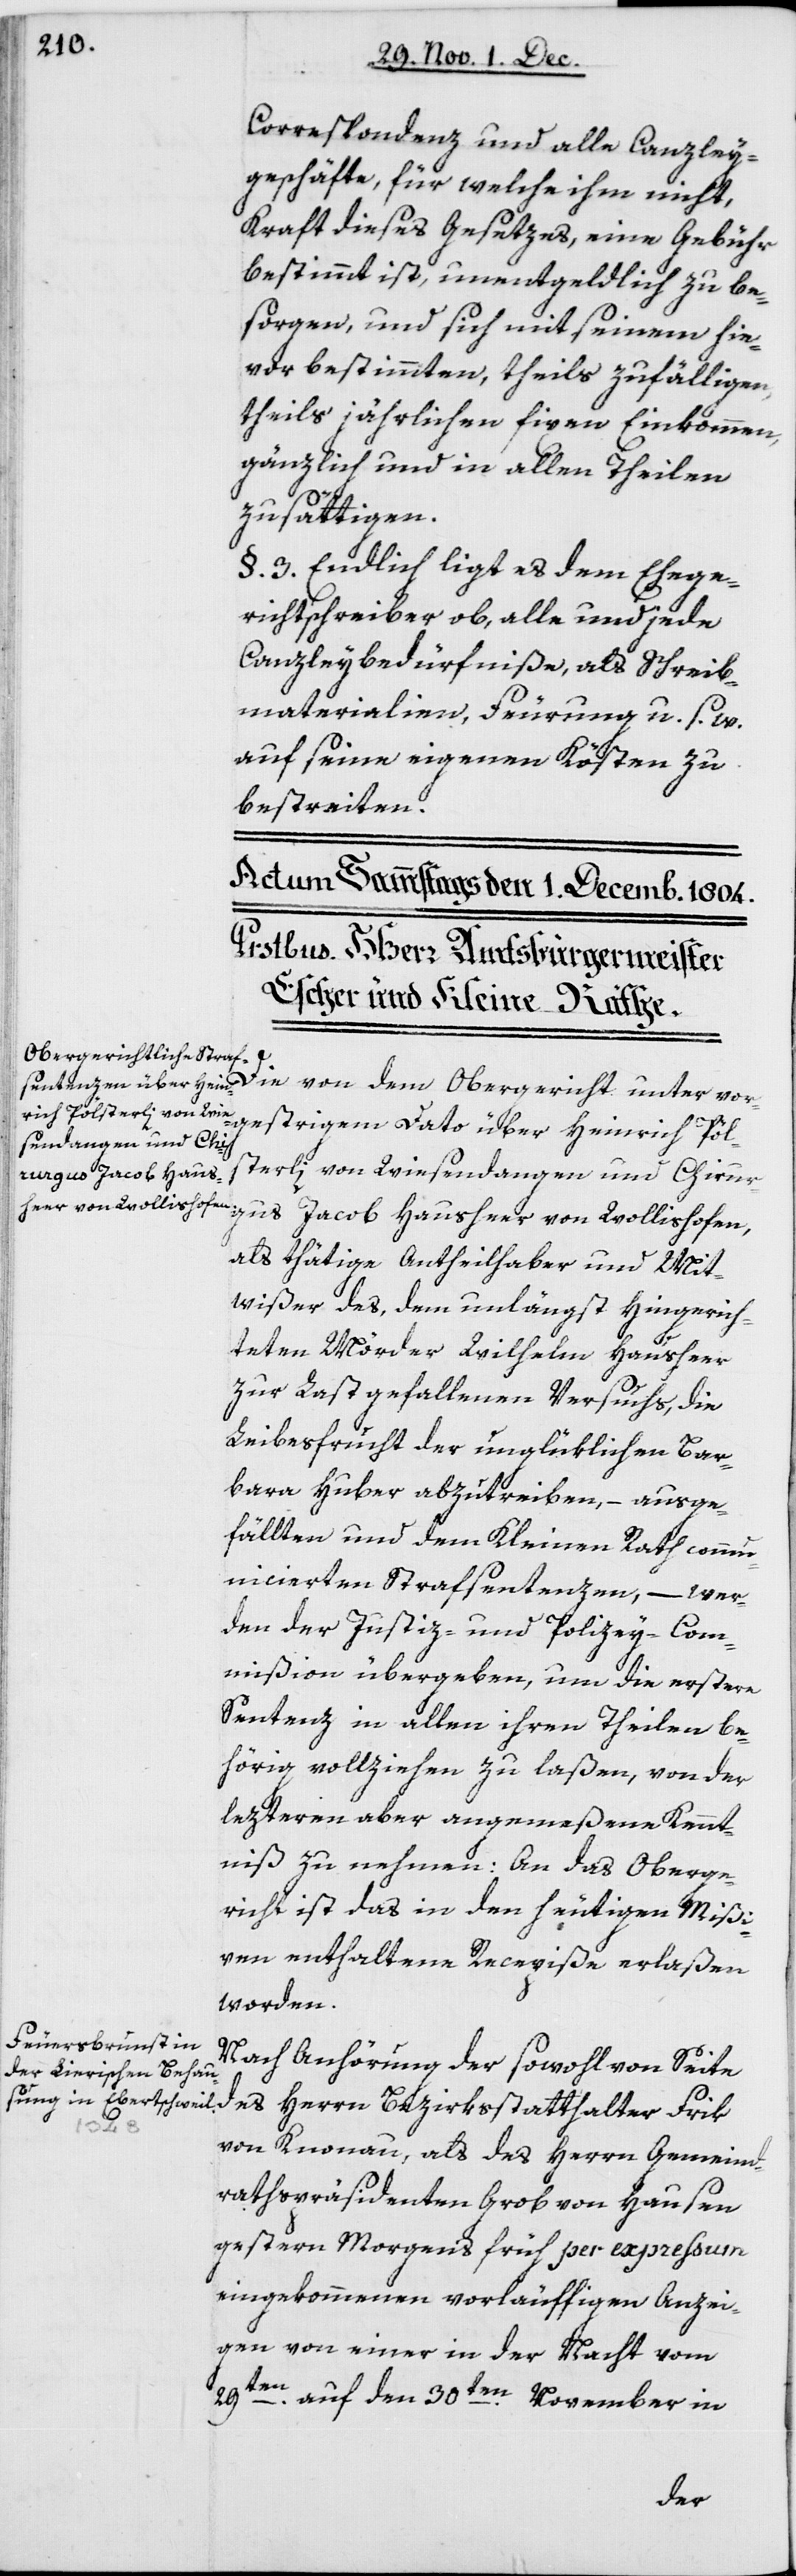
Correspondenz und alle Canzley¬
geschäfte, für welche ihm nicht,
kraft dieses Gesetzes, eine Gebühr
bestimmt ist, unentgeldlich zu be¬
sorgen, und sich mit seinem hie¬
vor bestimmten, theils zufälligen,
theils jährlichen fixen Einkommen,
gänzlich und in allen Theilen
zu sättigen.
§ 3 Endlich liegt es dem Ehege¬
richtschreiber ob, alle und jede
Canzleybedürfniße, als Schreib¬
materialien, Feuerung u. s. w.
auf seine eigenen Kösten zu
bestreiten.
Die von dem Obergericht unterm vor¬
gestrigen Dato über Heinrich Pöl¬
sterli von Wiesendangen und Chirur¬
gus Jacob Hausheer von Wollishofen,
als thätige Antheilhaber und Mit¬
wißer des, dem unlängst hingerich¬
teten Mörder Wilhelm Hausheer
zur Last gefallenen Versuchs, die
Leibesfrucht der unglüklichen Bar¬
bara Huber abzutreiben, – ausge¬
fällten und dem Kleinen Rath commu¬
nicierten Strafsentenzen, – wer¬
den der Justiz- und Polizey-Com¬
mißion übergeben, um die erstere
Sentenz in allen ihren Theilen be¬
hörig vollziehen zu laßen, von der
lezteren aber angemeßene Kennt¬
niß zu nehmen. An das Oberge¬
richt ist das in den heutigen Mißi¬
ven enthaltene Recepiße erlaßen
worden.
Nach Anhörung der sowohl von Seite
von Knonau, als des Herrn Gemeind¬
rathspräsidenten Grob von Hausen
gestern Morgen früh per expreßum
eingekommenen vorläuffigen Anzei¬
gen von einer in der Nacht vom
29ten auf den 30ten November in
des